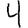
Digit: 4